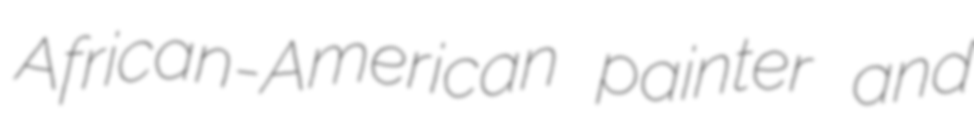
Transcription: African-American painter and